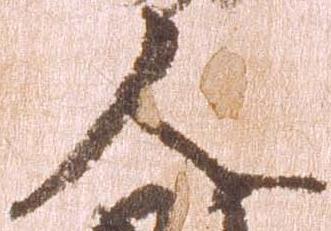
人